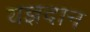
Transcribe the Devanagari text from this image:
यज्ञदान